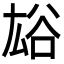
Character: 𧮯